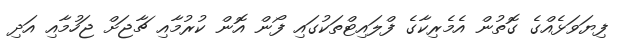
ފިޔަވަޅެއްގެ ގޮތުން އެމެރިކާގެ ފްލައިޓްތަކުގައި ފޯން އޮން ކުރުމާއި ޗާޖަށް ޖަހުމާއި އަދި